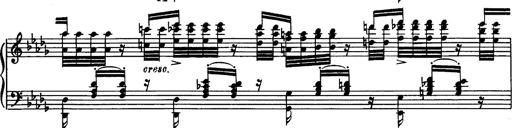
Title: Paraphrase de concert sur Rigoletto
Composer: Franz Liszt